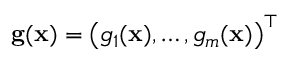
\mathbf { g } ( \mathbf { x } ) = \left( g _ { 1 } ( \mathbf { x } ) , \ldots , g _ { m } ( \mathbf { x } ) \right) ^ { \top }